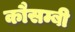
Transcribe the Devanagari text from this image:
कौसम्बी